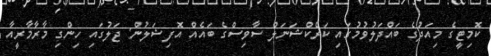
ކޮމިޓީގެ މިއަދުގެ ބައްދަލުވުމުގައި ކަރެކްޝަނަލް ސާވިސްގެ ބައެއް އޮފިޝަލުން: ޖަލުގައި ހިންގި މާރާމާރީއާ